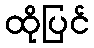
ထိုပြင်